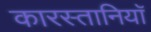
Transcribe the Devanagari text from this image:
कारस्तानियाॅ